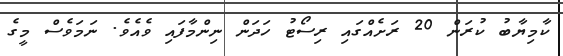
ކާމިޔާބު ކުރަން 20 ރަށެއްގައި ރިސޯޓު ހަދަން ނިންމާފައި ވެއެވެ. ނަމަވެސް މީގެ